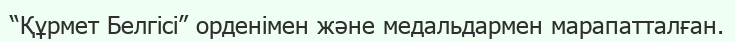
“Құрмет Белгісі” орденімен және медальдармен марапатталған.